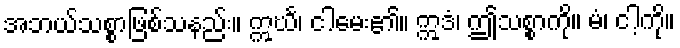
အဘယ်သစ္စာဖြစ်သနည်း။ ဣင်္ဃ၊ ငါမေး၏။ ဣဒံ၊ ဤသစ္စာကို။ မံ၊ ငါ့ကို။